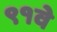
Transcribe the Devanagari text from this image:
९१वे